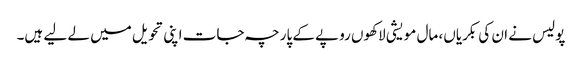
پولیس نے ان کی بکریاں، مال مویشی لاکھوں روپے کے پارچہ جات اپنی تحویل میں لے لیے ہیں۔